Indian journal of veterinary science and animal husbandry - Volume 3,
Year: 1933
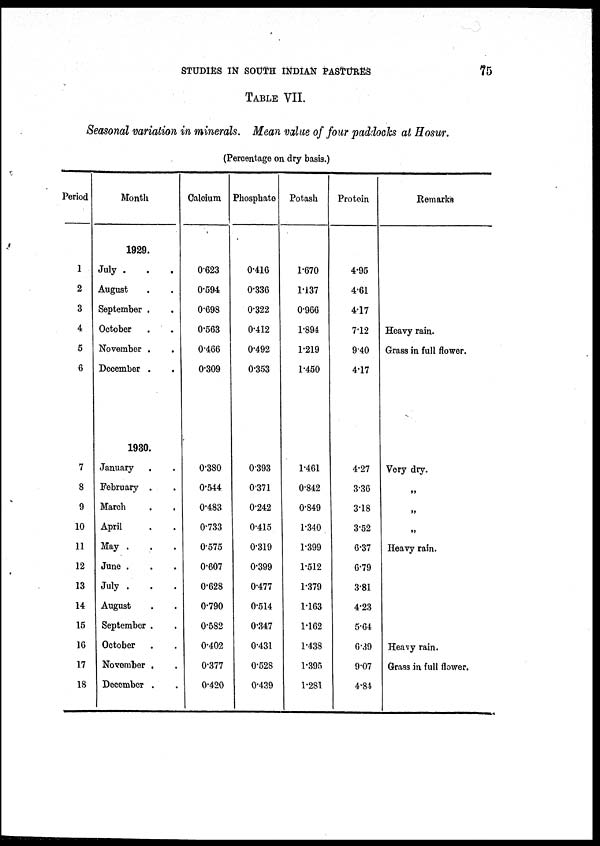
STUDIES IN SOUTH INDIAN PASTURES
75
TABLE VII.
Seasonal variation in minerals. Mean value of four paddocks at Hosur.
(Percentage on dry basis.)
Period
1
2
3
4
5
6
7
8
9
10
11
12
13
14
15
16
17
18
Month
1929.
July . . .
August . .
September . .
October . .
November . .
December . .
1930.
January . .
February . .
March . .
April . .
May . . .
June . . .
July . . .
August . .
September . .
October . .
November . .
December . .
Calcium
0.623
0.594
0.698
0.563
0.466
0.309
0.380
0.544
0.483
0.733
0.575
0.607
0.628
0.790
0.582
0.402
0.377
0.420
Phosphate
0.416
0.336
0.322
0.412
0.492
0.353
0.393
0.371
0.242
0.415
0.319
0.399
0.477
0.514
0.347
0.431
0.528
0.439
Potash
1.670
1.137
0.966
1.894
1.219
1.450
1.461
0.842
0.849
1.340
1.399
1.512
1.379
1.163
1.162
1.438
1.395
1.281
Protein
4.95
4.61
4.17
7.12
9.40
4.17
4.27
3.36
3.18
3.52
6.37
6.79
3.81
4.23
5.64
6.39
9.07
4.84
Remarks
Heavy rain.
Grass in full flower.
Very dry.
„
„
„
Heavy rain.
Heavy rain.
Grass in full flower.